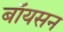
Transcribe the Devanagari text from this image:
बॉयसन